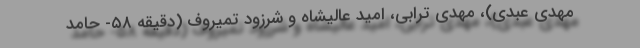
مهدی عبدی)، مهدی ترابی، امید عالیشاه و شرزود تمیروف (دقیقه ۵۸- حامد